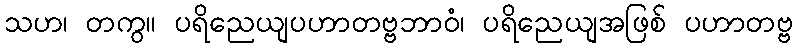
သဟ၊ တကွ။ ပရိညေယျပဟာတဗ္ဗဘာဝံ၊ ပရိညေယျအဖြစ် ပဟာတဗ္ဗ